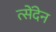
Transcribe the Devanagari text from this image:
त्सेंदेन